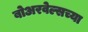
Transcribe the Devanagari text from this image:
बोअरवेल्सच्या